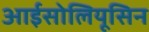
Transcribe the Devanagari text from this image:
आईसोलियूसिन